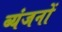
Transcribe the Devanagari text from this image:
ब्यंजनों